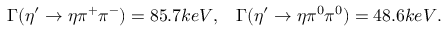
\Gamma ( \eta ^ { \prime } \rightarrow \eta \pi ^ { + } \pi ^ { - } ) = 8 5 . 7 k e V , \; \; \; \Gamma ( \eta ^ { \prime } \rightarrow \eta \pi ^ { 0 } \pi ^ { 0 } ) = 4 8 . 6 k e V .